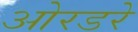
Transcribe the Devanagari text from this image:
ओरडरे